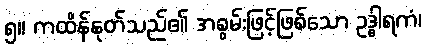
၅။ ကထိန်နုတ်သည်၏ အစွမ်းဖြင့်ဖြစ်သော ဥဒ္ဓါရကံ၊